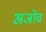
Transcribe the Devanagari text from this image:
अजोव